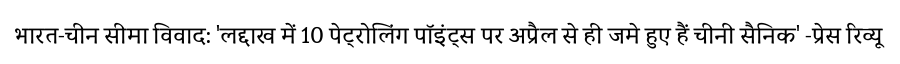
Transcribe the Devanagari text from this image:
भारत-चीन सीमा विवाद: 'लद्दाख में 10 पेट्रोलिंग पॉइंट्स पर अप्रैल से ही जमे हुए हैं चीनी सैनिक' -प्रेस रिव्यू